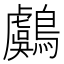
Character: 鸆